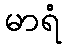
မာရံ